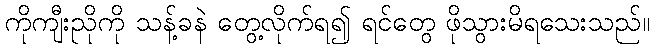
ကိုကျီးညိုကို သန့်ခနဲ တွေ့လိုက်ရ၍ ရင်တွေ ဖိုသွားမိရသေးသည်။